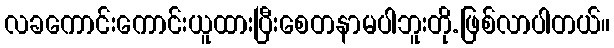
လခကောင်းကောင်းယူထားပြီးစေတနာမပါဘူးတို.ဖြစ်လာပါတယ်။